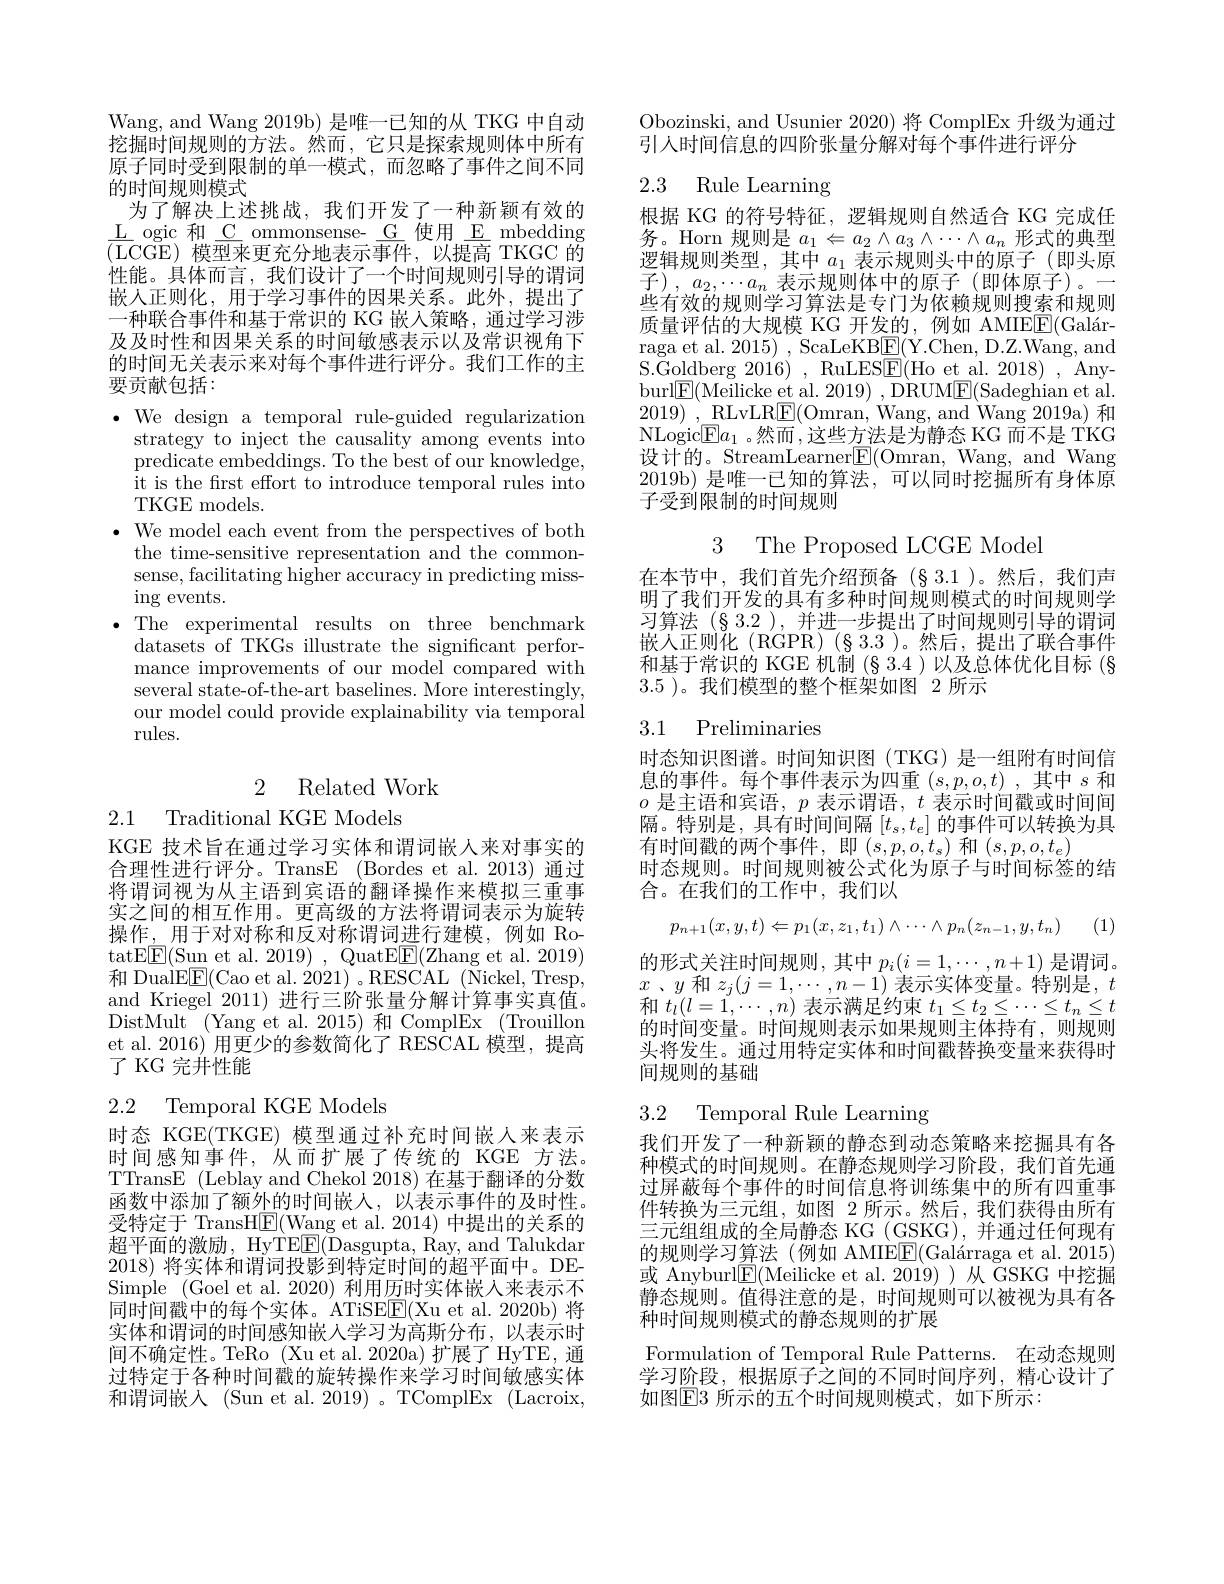
Wang, and Wang 2019b) 是唯一已知的从 TKG 中自动挖掘时间规则的方法。然而，它只是探索规则体中所有原子同时受到限制的单一模式，而忽略了事件之间不同的时间规则模式
为了解决上述挑战，我们开发了一种新颖有效的$\underline{\mathrm{L~ogic~}}$和$\underline{\mathrm{C~ommonsense-~G~}}$使用$\underline{\mathrm{E~mbedding}}$ (LCGE)模型来更充分地表示事件，以提高 TKGC 的性能。具体而言，我们设计了一个时间规则引导的谓词嵌入正则化，用于学习事件的因果关系。此外，提出了一种联合事件和基干常识的 KG 嵌人策略，诵讨学习涉及及时性和因果关系的时间敏感表示以及常识视角下的时间无关表示来对每个事件进行评分。我们工作的主要贡献包括：

$\cdot$ We design a temporal rule-guided regularization
strategy to inject the causality among events into predicate embeddings. To the best of our knowledge, $\bar{\text{it is the first effort to introduce temporal rules into}}$ TKGE models.
$\bullet$ We model each event from the perspectives of both
the time-sensitive representation and the commonsense, facilitating higher accuracy in predicting missing events.
$\bullet$The experimental results on three benchmark
datasets of TKGs illustrate the significant performance improvements of our model compared with several state-of-the-art baselines. More interestingly, our model could provide explainability via temporal rules.

# 2 Related Work

2.1 Traditional KGE Models

KGE 技术旨在通过学习实体和谓词嵌人来对事实的合理性进行评分。TransE (Bordes et al. 2013) 通过将谓词视为从主语到宾语的翻译操作来模拟三重事实之间的相互作用。更高级的方法将谓词表示为旋转操作，用于对对称和反对称谓词进行建模，例如 Ro- $\operatorname{tatEE}($Sun et al. 2019),QuatE$\underline{\mathrm{F}}($Zhang et al. 2019) 和 DualE$\boxed{\mathrm{F}}($Cao et al. 2021) 。RESCAL ($\bar{\mathrm{Nickel,Tresp,}}$ and Kriegel 2011) 进行三阶张量分解计算事实真值。DistMult (Yang et al. 2015) 和 ComplEx (Trouillon et al. 2016) 用更少的参数简化了 RESCAL 模型，提高了 KG 完井性能

2.2 Temporal KGE Models

时态 KGE(TKGE) 模型通过补充时间嵌人来表示时间感知事件，从而扩展了传统的 KGE 方法。TTransE (Leblay and Chekol 2018) 在基于翻译的分数函数中添加了额外的时间嵌人，以表示事件的及时性。受特定于 TransH$\boxed{\mathrm{F}}($Wang et al.2014)中提出的关系的超平面的激励，HyTEE$\underline{\mathrm{E}}($Dasgupta, Ray, and Talukdar 2018)将实体和谓词投影到特定时间的超平面中。DESimple ( Goel et al. 2020) 利用历时实体嵌入来表示不同时间戳中的每个实体。ATiSE$\underline{\mathrm{E}}($Xu et al.2020b)将实体和谓词的时间感知嵌入学习为高斯分布，以表示时间不确定性。TeRo (Xu et al. 2020a) 扩展了 HyTE, 通过特定于各种时间戳的旋转操作来学习时间敏感实体和谓词嵌入 (Sun et al. 2019) 。TComplEx (Lacroix,

Obozinski, and Usunier 2020)将 ComplEx 升级为通过
引人时间信息的四阶张量分解对每个事件进行评分

## 2.3 Rule Learning

根据 KG 的符号特征，逻辑规则自然适合 KG 完成任务。Horn 规则是$a_1\Leftarrow a_2\wedge a_3\wedge\cdots\wedge a_n$形式的典型逻辑规则类型，其中$a_1$表示规则头中的原子(即头原子)、$a_{2},\cdots a_{n}$表示规则体中的原子(即体原子)。一些有效的规则学习算法是专门为依赖规则搜索和规则质量评估的大规模 KG 开发的，例如 AMIEE(Galárraga et al. 2015) , ScaLeKB$\underline{\mathrm{E}}($Y.Chen, D.Z.Wang, and S.Goldberg 2016)~,~RuLESE(Ho~et~al.~2018)~,~Anyburl$\underline{\mathrm{E}}($Meilicke et al. 2019) , DRUM$\underline{\mathrm{F}}($Sadeghian et al. 2019) , $\underline {\mathrm{RLvLR}}\underline {\mathrm{E} }($Omran,Wang,and Wang 2019a) 和NLogic$\boxed{\mathrm{E}}a_1$ 。然而 ,这些方法是为静态 KG 而不是 TKG 设计的。StreamLearner$\underline{\mathrm{E}}($Omran, Wang, and Wang 2019b)是唯一已知的算法，可以同时挖掘所有身体原子受到限制的时间规则

3 The Proposed LCGE Model

在本节中，我们首先介绍预备(§3.1)。然后，我们声明了我们开发的具有多种时间规则模式的时间规则学习算法(§3.2),并进一步提出了时间规则引导的谓词嵌入正则化 (RGPR) (§ 3.3 )。然后，提出了联合事件和基于常识的 KGE 机制 (§ 3.4 )以及总体优化目标 (§ 3.5 )。我们模型的整个框架如图 2 所示

### 3.1 Preliminaries

时态知识图谱。时间知识图(TKG)是一组附有时间信息的事件。每个事件表示为四重$(s,p,o,t)$ ,其中$s$和$o$是主语和宾语，$p$表示谓语，$t$表示时间戳或时间间隔。特别是，具有时间间隔$[t_s,t_e]$的事件可以转换为具有时间戳的两个事件，即$(s,p,o,t_{s})$ 和 $(s,p,o,t_{e})$
时态规则。时间规则被公式化为原子与时间标签的结
合。在我们的工作中，我们以
$$p_{n+1}(x,y,t)\Leftarrow p_1(x,z_1,t_1)\wedge\cdots\wedge p_n(z_{n-1},y,t_n)$$
1 (1)

的形式关注时间规则，其中$p_i(i=1,\cdots,n+1)$是谓词。$x$ $、 y$ 和 $z_{j}( j= 1, \cdots , n- 1)$ 表示实体变量。特别是$,t$ 和$t_l(l=1,\cdots,n)$表示满足约束$t_1\leq t_2\leq\cdots\leq t_n\leq t$ 的时间变量。时间规则表示如果规则主体持有，则规则头将发生。通过用特定实体和时间戳替换变量来获得时间规则的基础

3.2 Temporal Rule Learning

我们开发了一种新颖的静态到动态策略来挖掘具有各种模式的时间规则。在静态规则学习阶段，我们首先通过屏蔽每个事件的时间信息将训练集中的所有四重事件转换为三元组，如图 2 所示。然后，我们获得由所有三元组组成的全局静态 KG (GSKG),并通过任何现有的规则学习算法(例如 AMIEE(Galárraga et al. 2015) 或 Anyburl$\underline{\mathrm{E}}($Meilicke et al.2019))从 GSKG 中挖掘静态规则。值得注意的是，时间规则可以被视为具有各种时间规则模式的静态规则的扩展
Formulation of Temporal Rule Patterns. 在动态规则

学习阶段，根据原子之间的不同时间序列，精心设计了
如图$\mathbb{E}3$ 所示的五个时间规则模式，如下所示：